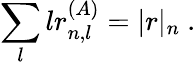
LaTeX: \sum_{l}lr_{n,l}^{(A)}=|r|_{n}~.